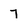
Character: 7